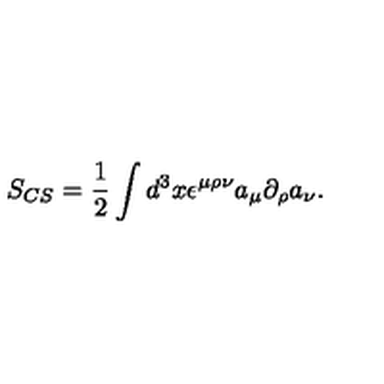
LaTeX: S _ { C S } = \frac { 1 } { 2 } \int d ^ { 3 } x \epsilon ^ { \mu \rho \nu } a _ { \mu } \partial _ { \rho } a _ { \nu } .